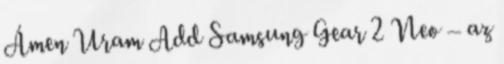
Ámen Uram Add Samsung Gear 2 Neo – az